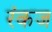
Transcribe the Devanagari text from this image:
रंकज